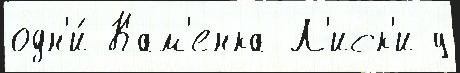
одн'и́ Кам'енка Л'иск'и у